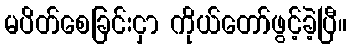
မပိတ်စေခြင်းငှာ ကိုယ်တော်ဖွင့်ခဲ့ပြီ။